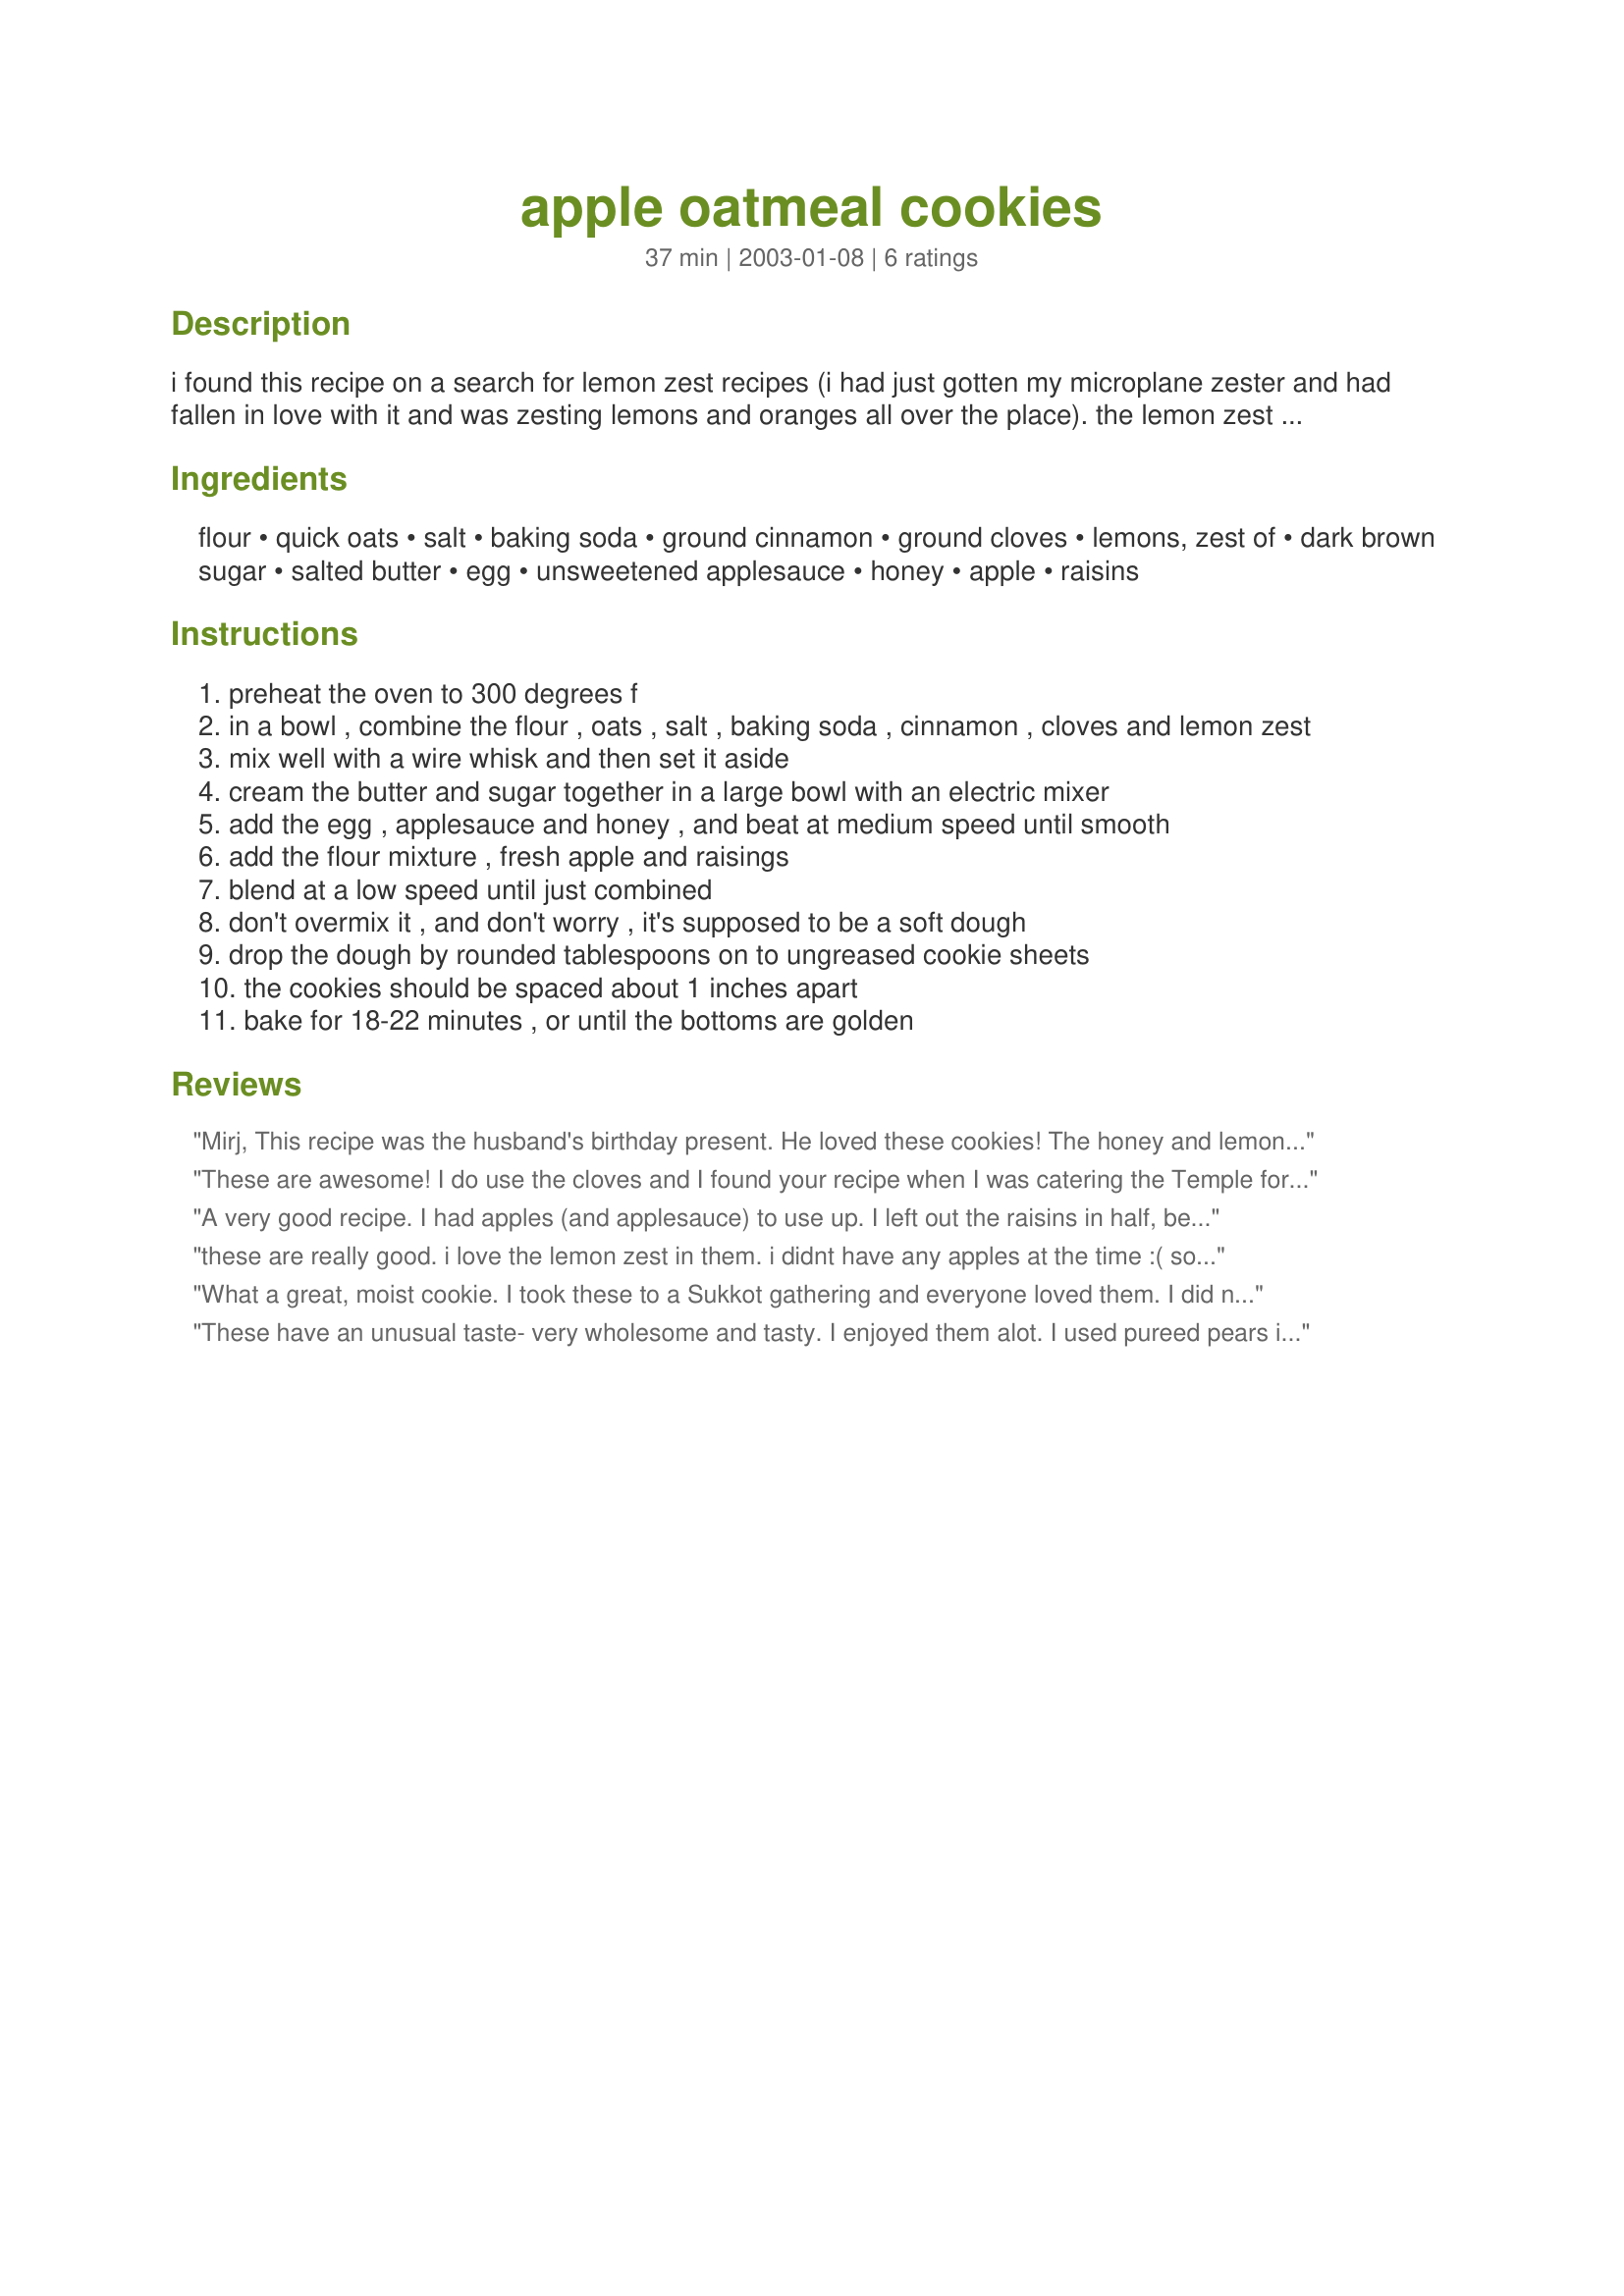
apple oatmeal cookies
Preparation time: 37 minutes

i found this recipe on a search for lemon zest recipes (i had just gotten my microplane zester and had fallen in love with it and was zesting lemons and oranges all over the place). the lemon zest doesn't have a starring role in these cookies, but they are pretty yummy, very apple pie-ish.

Ingredients:
flour, quick oats, salt, baking soda, ground cinnamon, ground cloves, lemons, zest of, dark brown sugar, salted butter, egg, unsweetened applesauce, honey, apple, raisins

Steps:
preheat the oven to 300 degrees f
in a bowl , combine the flour , oats , salt , baking soda , cinnamon , cloves and lemon zest
mix well with a wire whisk and then set it aside
cream the butter and sugar together in a large bowl with an electric mixer
add the egg , applesauce and honey , and beat at medium speed until smooth
add the flour mixture , fresh apple and raisings
blend at a low speed until just combined
don't overmix it , and don't worry , it's supposed to be a soft dough
drop the dough by rounded tablespoons on to ungreased cookie sheets
the cookies should be spaced about 1 inches apart
bake for 18-22 minutes , or until the bottoms are golden

Reviews:
Mirj,
This recipe was the husband's birthday present. He loved these cookies! The honey and lemon made them really unusual...but excellent. Thanks so muxh for posting.

These are awesome! I do use the cloves and I found your recipe when I was catering the Temple for Rosh Hashana, they were a HUGE hit... after I made a second batch because the first got eaten by my family as they came out of the oven. LOL
A very good recipe. I had apples (and applesauce) to use up. I left out the raisins in half, because I have a friend who doesn't care for them. Not a good idea...the raisins really add to these, both in terms of visual appeal and taste. I think next time I'm going to add craisins instead...I really think that would be great! I did add chopped walnuts to the whole batch. I was worried about how soft the dough was, but thanks to Mirj's comment, I just tried it! I didn't have to add flour or anything. I do agree with the comment about them taking so long. Mine baked for 18 minutes exactly and I didn't use parchment, and didn't have any trouble !!
these are really good. i love the lemon zest in them. i didnt have any apples at the time :( so i just used some extra applesauce. they came out great
What a great, moist cookie. I took these to a Sukkot gathering and everyone loved them. I did not add the cloves. I used a cookie scoop and got 64 cookies. I recommend the parchment paper as these were semi-difficult to remove from the sheet. There are only 2 problems with this recipe: 1) the cookies are great and you want to eat them all! and 2) the long baking time makes this seemingly go on forever (it took me 2 hours to get them all baked from a single recipe).
These have an unusual taste- very wholesome and tasty. I enjoyed them alot. I used pureed pears instead of applesauce, replaced the cloves with a pinch of nutmeg and used orange zest instead of lemon (its all I had). They are perfect for fall. I think that I might reduce the honey and brown sugar a bit next time- a little too sweet for my taste but overall a very different and yummy cookie. Thanks Mirjam.
